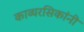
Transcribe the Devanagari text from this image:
काव्यरसिकांनी